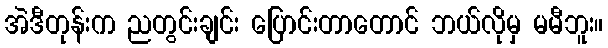
အဲဒီတုန်းက ညတွင်းချင်း ပြောင်းတာတောင် ဘယ်လိုမှ မမီဘူး။